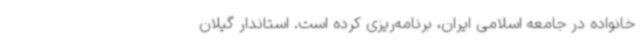
خانواده در جامعه اسلامی ایران، برنامه‌ریزی کرده است. استاندار گیلان